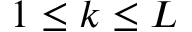
1 \leq k \leq L